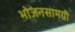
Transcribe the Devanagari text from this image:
भोजनसामग्री